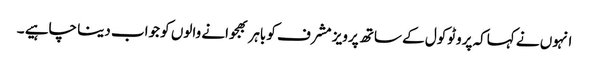
انہوں نے کہاکہ پروٹوکول کے ساتھ پرویز مشرف کو باہر بھجوانے والوں کو جواب دینا چاہیے ۔